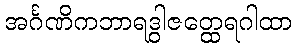
အင်္ဂဏိကဘာရဒွါဇတ္ထေရဂါထာ